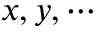
x , y , \cdots